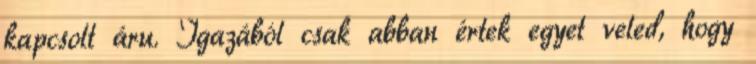
kapcsolt áru. Igazából csak abban értek egyet veled, hogy